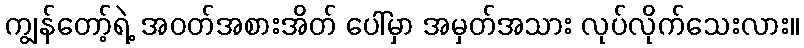
ကျွန်တော့်ရဲ့ အဝတ်အစားအိတ် ပေါ်မှာ အမှတ်အသား လုပ်လိုက်သေးလား။